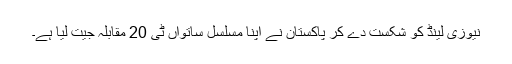
نیوزی لینڈ کو شکست دے کر پاکستان نے اپنا مسلسل ساتواں ٹی 20 مقابلہ جیت لیا ہے۔